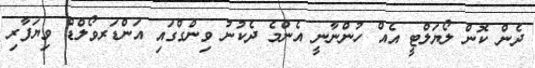
ދެން ކޮން ލޯޔަލްޓީ އެއް ހުންނާނީ އެންމެ ދެކުނު ވިންގްގައި އަންޑަރވޯލްޑް ވިޔަފާރި